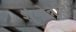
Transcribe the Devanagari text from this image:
शृंगोन्नति